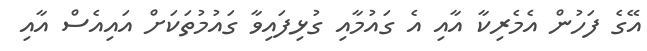
އޭގެ ފަހުން އެމެރިކާ އާއި އެ ގައުމާއި ގުޅިފައިވާ ގައުމުތަކަށް އައިއެސް އާއި